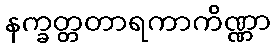
နက္ခတ္တတာရကာကိဏ္ဏာ